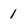
Character: 1